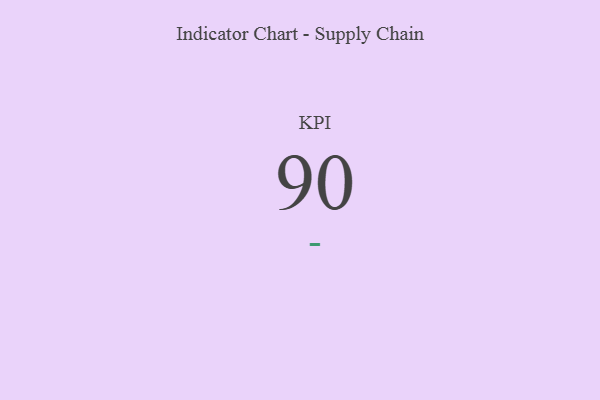
{"axis": {"x": "KPI", "y": "Value"}, "legend": [""], "data": [{"x": "KPI", "y": 90, "type": ""}]}